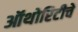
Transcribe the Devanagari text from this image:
ऑथोरिटीचे